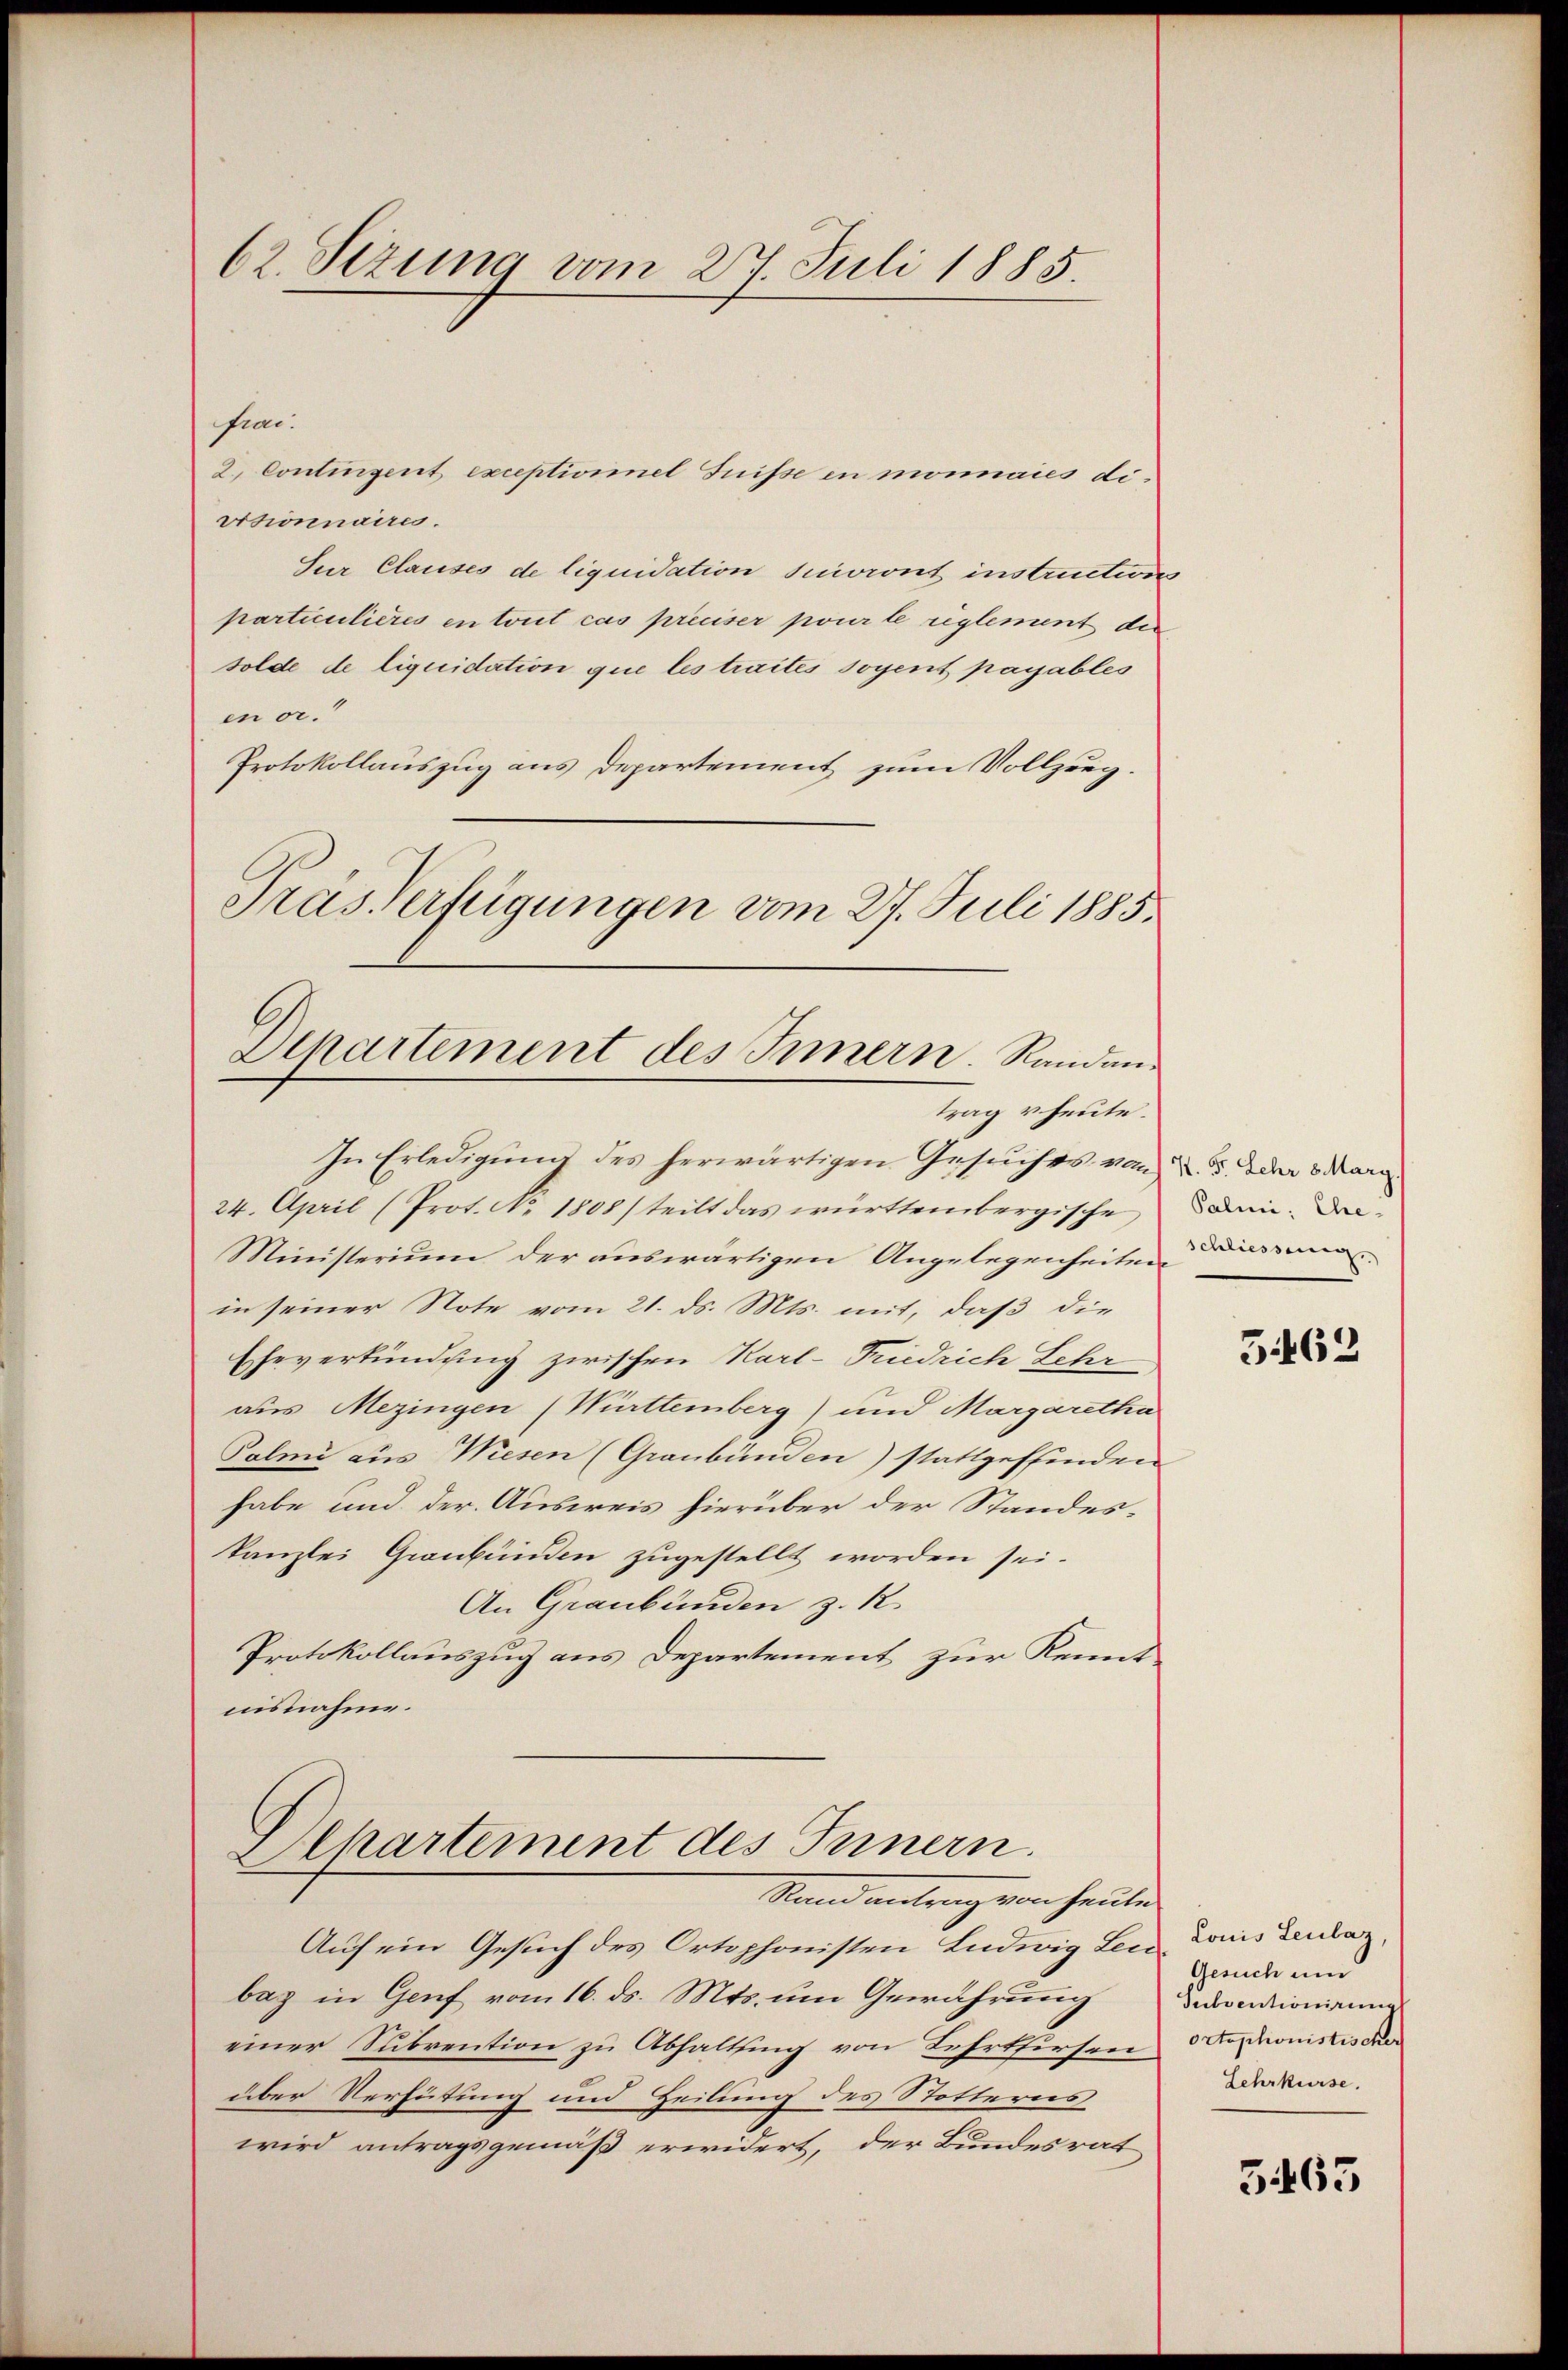
62. Sizung vom 27. Juli 1885.

frai
2.) Contingent exceptionnel Frisse in monnaies dirisionnaires.
Sur Clauses de liquidation suivront instructions
particulieres en tout cas préciser pourte reglement der
solde de liquidation que les traites soyent payables
en or.
Protokollauszug aus Departement zum Vollzug
Träs Verfügungen vom 27. Juli 1885.

Departement des Innern. Randen
trag v. heute.

In Erledigung des herwärtigen Gesuches von d. 5. Der 3 Marg
24. April (Prot. No. 1808) teilt das württembergische
Ministerium der auswärtigen Angelegenheiten dessen
in seiner Note vom 21. ds. Mts. mit, daß die
Eheverkündung zwischen Karl-Friedrich Lehr
aus Mezingen (Württemberg) und Margaretha
Palmi aus Wiesen (Graubünden) stattgeffinden
habe und der Ausweis hierüber der Standes-
kanzlei Graubünden zugestellt worden sei.
An Graubünden z. R.
Protokollauszug aus Departement zur Kennt
nisnahme.

Departement des Innern.
Stand antrag von Heute

Auf ein Gesuch des Ortsphonisten Ludwig Leu Louis Deuber
baz in Genf vom 16. ds. Mts. um Gewährung
einer Subrention zu Abhaltung von Lehrthursen Sophonistis da
über Verhütung und Heilung des Stotterns
wird antragsgemäß erwidert, der Bundesrat

Palini, Ehe¬

5462

Gesuch und
Subventionirung
Lehrkurse.

5465